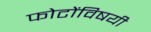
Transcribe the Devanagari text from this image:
फोटोंविषयी